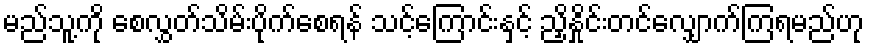
မည်သူ့ကို စေလွှတ်သိမ်းပိုက်စေရန် သင့်ကြောင်းနှင့် ညှိနှိုင်းတင်လျှောက်ကြရမည်ဟု